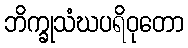
ဘိက္ခုသံဃပရိဝုတော